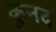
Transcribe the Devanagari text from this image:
कुनद